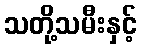
သတို့သမီးနှင့်